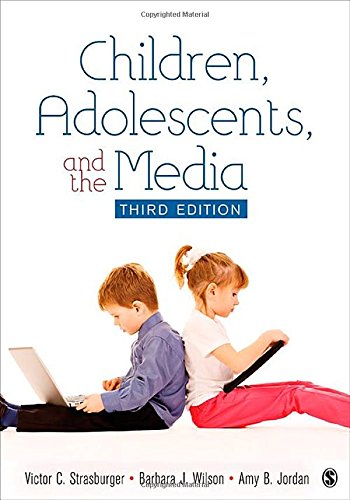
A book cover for Children, Adolescents, and the Media; Victor C. Strasburger; Politics & Social Sciences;